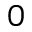
0